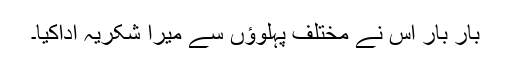
بار بار اس نے مختلف پہلوؤں سے میرا شکریہ اداکیا۔